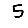
Digit: 5